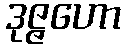
ဒုဇ္ဇဟော